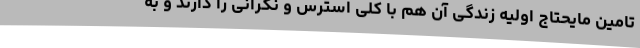
تامین مایحتاج اولیه زندگی آن هم با کلی استرس و نگرانی را دارند و به